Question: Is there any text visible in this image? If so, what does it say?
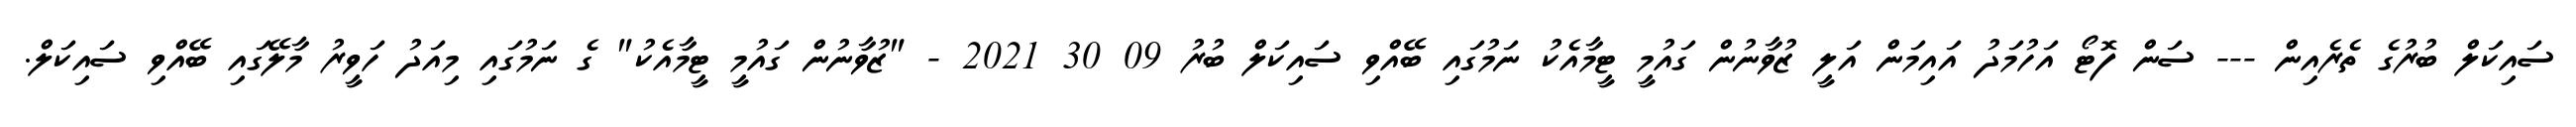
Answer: ސައިކަލް ބުރުގެ ތެރެއިން --- ސަން ފޮޓޯ އަހުމަދު އައިމަން އަލީ ޒުވާނުން ގައުމީ ޓީމާއެކު ނަމުގައި ބޭއްވި ސައިކަލް ބުރު 09 30 2021 - "ޒުވާނުން ގައުމީ ޓީމާއެކު" ގެ ނަމުގައި މިއަދު ހަވީރު މާލޭގައި ބޭއްވި ސައިކަލް.